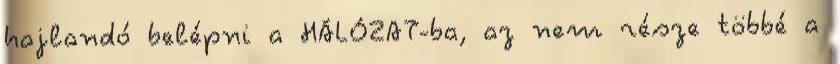
hajlandó belép­ni a HÁLÓZAT-ba, az nem része többé a